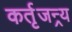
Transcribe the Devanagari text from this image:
कर्तृजन्र्य